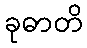
ခုဓာတိ